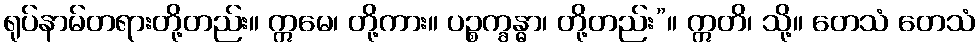
ရုပ်နာမ်တရားတို့တည်း။ ဣမေ၊ တို့ကား။ ပဉ္စက္ခန္ဓာ၊ တို့တည်း”။ ဣတိ၊ သို့။ တေသံ တေသံ